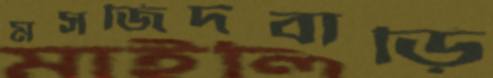
মসজিদবাড়ি